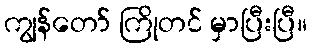
ကျွန်တော် ကြိုတင် မှာပြီးပြီ။